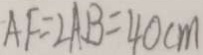
A F = 2 A B = 4 0 c m